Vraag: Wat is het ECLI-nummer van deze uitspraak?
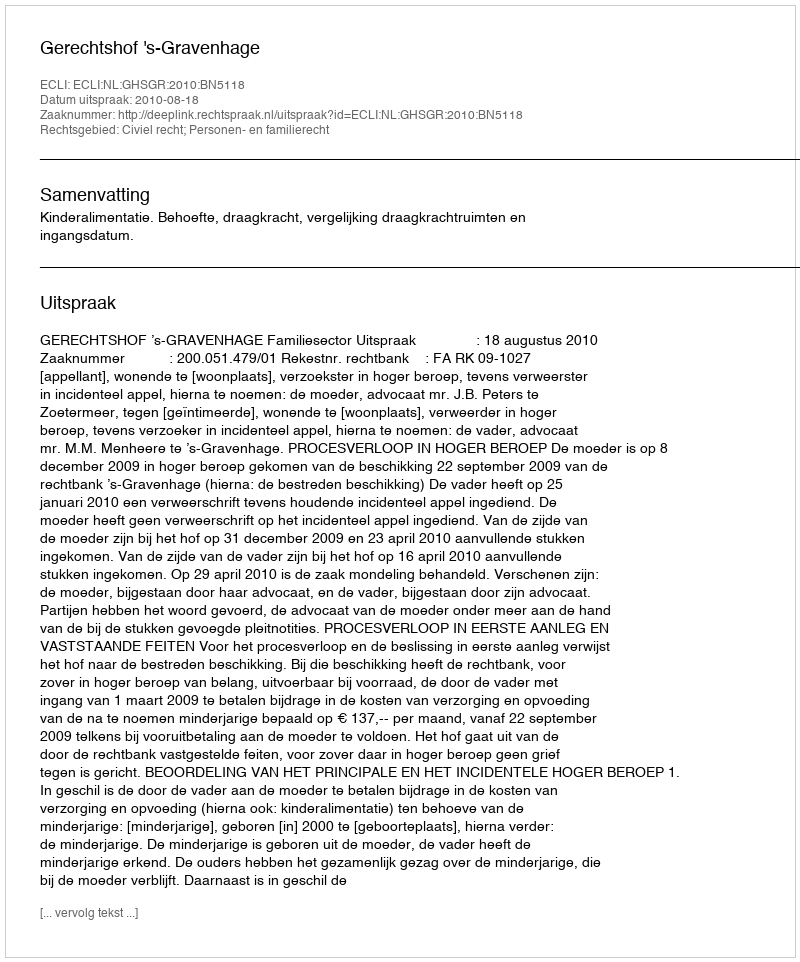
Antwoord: ECLI:NL:GHSGR:2010:BN5118